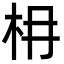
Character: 枏